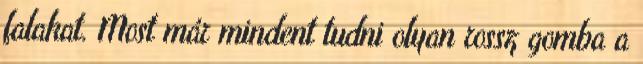
falakat. Most már mindent tudni olyan rossz gomba a